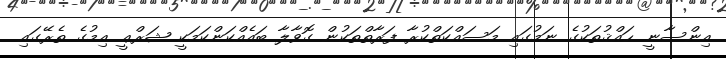
އިންސާނީ ޙައްޤުތަކުގެ ނަމުގައި މަސައްކަތްކުރާ ފަރާތްތަކުން ގޮވާލާ ބައެއްކަންކަމަކީ ޝަރްޢީ އިމުގެ ތެރޭގައި